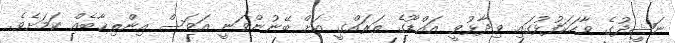
ނަޝީދުގެ ވާހަކަފުޅުގައި ވިދާޅުވީ އައްޑޫގެ ތަރައްގީ އަށް ބޭނުންވަނީ އަވަސް އިންތިޚާބެއް ކަމަށެވެ.